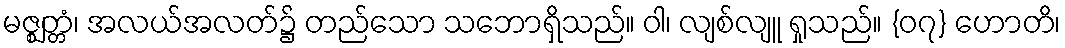
မဇ္ဈတ္တံ၊ အလယ်အလတ်၌ တည်သော သဘောရှိသည်။ ဝါ၊ လျစ်လျူ ရှုသည်။ {၀၇} ဟောတိ၊